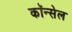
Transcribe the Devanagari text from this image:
कॉन्सेल